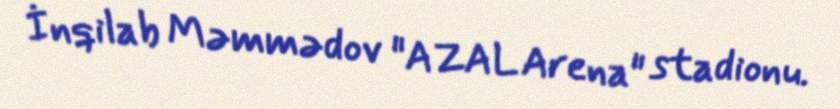
İnqilab Məmmədov "AZAL Arena" stadionu.